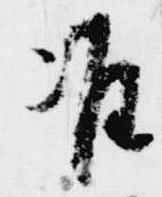
准